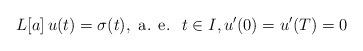
LaTeX: \begin{align*}L[a]\,u(t)=\sigma(t),\mbox{ a. e. }\;t\in I,u^\prime(0)=u^\prime(T)=0\end{align*}